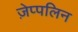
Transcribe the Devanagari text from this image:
ज़ेप्पलिन